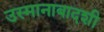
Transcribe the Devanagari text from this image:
उस्मानाबादशी